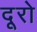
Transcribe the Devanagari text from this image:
दूरो